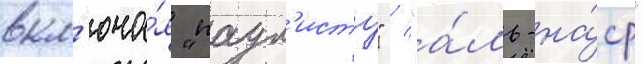
вкл'юча́я "паул'исту" / "а́ль-на́ср"